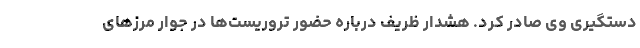
دستگیری وی صادر کرد. هشدار ظریف درباره حضور تروریست‌ها در جوار مرزهای